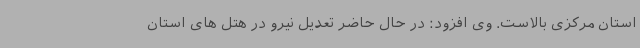
استان مرکزی بالاست. وی افزود: در حال حاضر تعدیل نیرو در هتل های استان